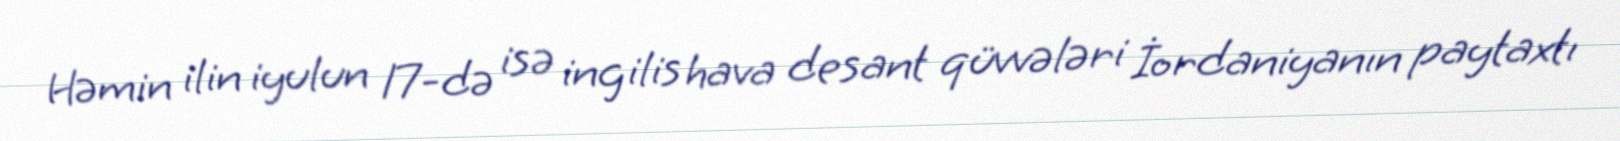
Həmin ilin iyulun 17-də isə ingilis hava desant qüvvələri İordaniyanın paytaxtı